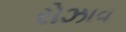
રોઝાવ